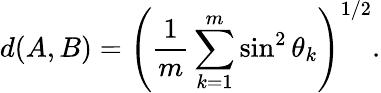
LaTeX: d(A,B)=\left(\frac{1}{m}\sum_{k=1}^{m}\sin^{2}\theta_{k}\right)^{1/2}.